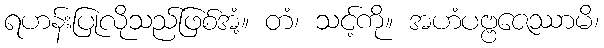
ရဟန်းပြုလိုသည်ဖြစ်အံ့။ တံ၊ သင့်ကို။ အဟံပဗ္ဗဇေဿာမိ၊